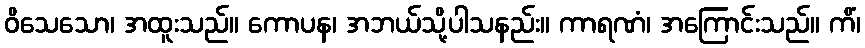
ဝိသေသော၊ အထူးသည်။ ကောပန၊ အဘယ်သို့ပါသနည်း။ ကာရဏံ၊ အကြောင်းသည်။ ကိံ၊